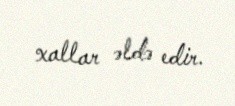
xallar əldə edir.